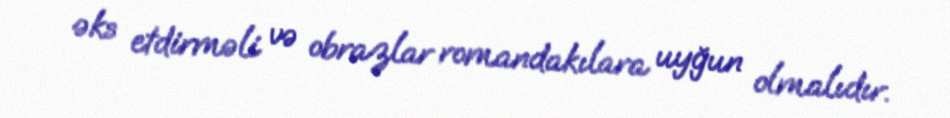
əks etdirməli və obrazlar romandakılara uyğun olmalıdır.